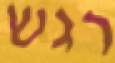
רגש